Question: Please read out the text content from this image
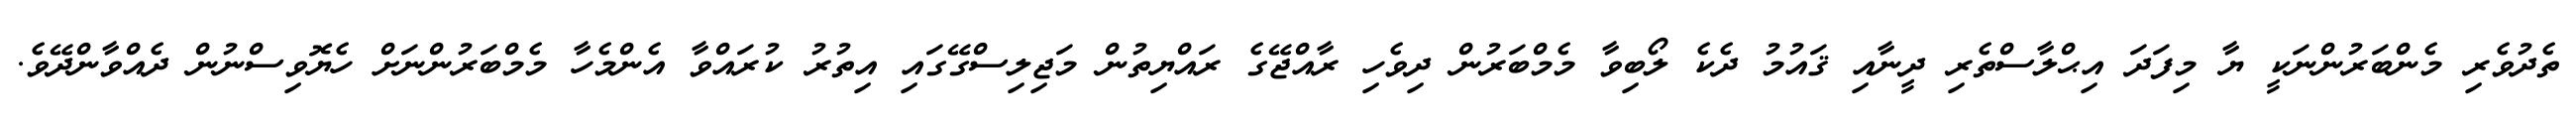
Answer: ތެދުވެރި މެންބަރުންނަކީ ޔާ މިފަދަ އިޙްލާސްތެރި ދީނާއި ޤައުމު ދެކެ ލޯބިވާ މެމްބަރުން ދިވެހި ރާއްޖޭގެ ރައްޔިތުން މަޖިލިސްގޭގައި އިތުރު ކުރައްވާ އެންމެހާ މެމްބަރުންނަށް ހެޔޮވިސްނުން ދެއްވާންދޭވެ.